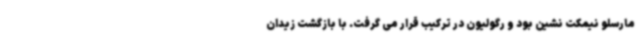
مارسلو نیمکت نشین بود و رگولیون در ترکیب قرار می گرفت. با بازگشت زیدان